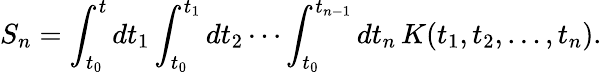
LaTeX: S_{n}=\int_{t_{0}}^{t}dt_{1}\int_{t_{0}}^{t_{1}}dt_{2}\cdots\int_{t_{0}}^{t_{n-1}}dt_{n}\, K(t_{1},t_{2},\dots,t_{n}).